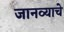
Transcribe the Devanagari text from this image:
जानव्याचे